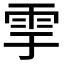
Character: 𩁹